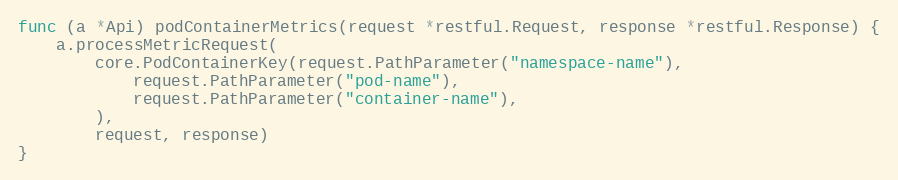
Language: Go
func (a *Api) podContainerMetrics(request *restful.Request, response *restful.Response) {
	a.processMetricRequest(
		core.PodContainerKey(request.PathParameter("namespace-name"),
			request.PathParameter("pod-name"),
			request.PathParameter("container-name"),
		),
		request, response)
}